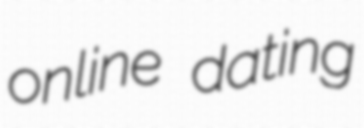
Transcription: online dating